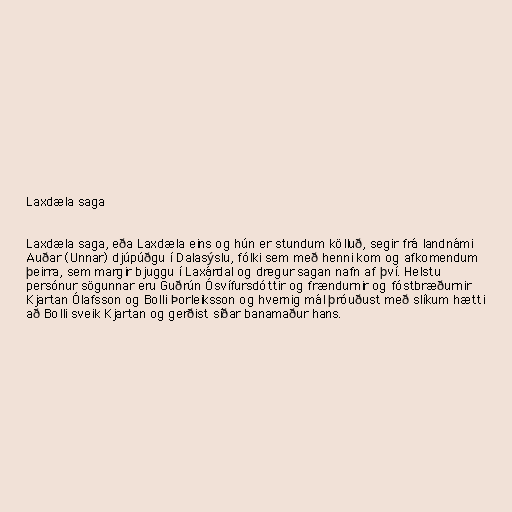
Laxdæla saga

Laxdæla saga, eða Laxdæla eins og hún er stundum kölluð, segir frá landnámi
Auðar (Unnar) djúpúðgu í Dalasýslu, fólki sem með henni kom og afkomendum
þeirra, sem margir bjuggu í Laxárdal og dregur sagan nafn af því. Helstu
persónur sögunnar eru Guðrún Ósvífursdóttir og frændurnir og fóstbræðurnir
Kjartan Ólafsson og Bolli Þorleiksson og hvernig mál þróuðust með slíkum hætti
að Bolli sveik Kjartan og gerðist síðar banamaður hans.